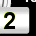
Digit: 2